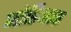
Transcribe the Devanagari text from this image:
जोडिआक